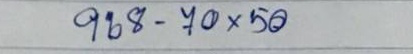
968 - 70 x 50